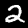
Digit: 2